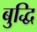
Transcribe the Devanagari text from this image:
बुद्धि